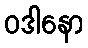
ဝဒါနော